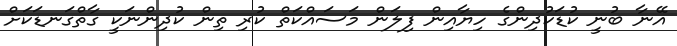
އޭނާ ބުނީ ކުޑަކުދިންގެ ހިޔާއިން ފިލަން މަސައްކަތް ކުރި ތިން ކުދިންނަކީ ގާތްގަނޑަކަށް